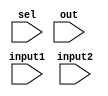
module Mux(input[31:0] input1,  // input1
           input[31:0] input2,  // input2
           input sel,           // selector
           input[31:0] out);     // output    

    assign out = sel ? input1 : input2;

endmodule